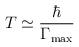
LaTeX: \begin{align*}T\simeq \frac \hbar {\Gamma _{\max }}\end{align*}